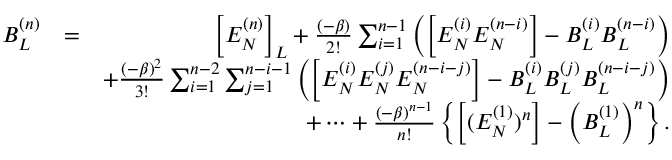
\begin{array} { r l r } { B _ { L } ^ { ( n ) } } & { = } & { \Big [ E _ { N } ^ { ( n ) } \Big ] _ { L } + \frac { ( - \beta ) } { 2 ! } \sum _ { i = 1 } ^ { n - 1 } \left( \Big [ E _ { N } ^ { ( i ) } E _ { N } ^ { ( n - i ) } \Big ] - B _ { L } ^ { ( i ) } B _ { L } ^ { ( n - i ) } \right) } \\ & { } & { + \frac { ( - \beta ) ^ { 2 } } { 3 ! } \sum _ { i = 1 } ^ { n - 2 } \sum _ { j = 1 } ^ { n - i - 1 } \left( \Big [ E _ { N } ^ { ( i ) } E _ { N } ^ { ( j ) } E _ { N } ^ { ( n - i - j ) } \Big ] - B _ { L } ^ { ( i ) } B _ { L } ^ { ( j ) } B _ { L } ^ { ( n - i - j ) } \right) } \\ & { } & { + \cdots + \frac { ( - \beta ) ^ { n - 1 } } { n ! } \left\{ \Big [ ( E _ { N } ^ { ( 1 ) } ) ^ { n } \Big ] - \left( B _ { L } ^ { ( 1 ) } \right) ^ { n } \right\} . } \end{array}